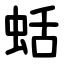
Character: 蛞